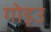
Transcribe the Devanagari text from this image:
गोड़उ